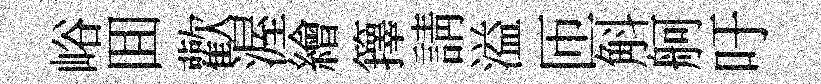
峪囬歡渥繪籜請溢匝斛舸吁